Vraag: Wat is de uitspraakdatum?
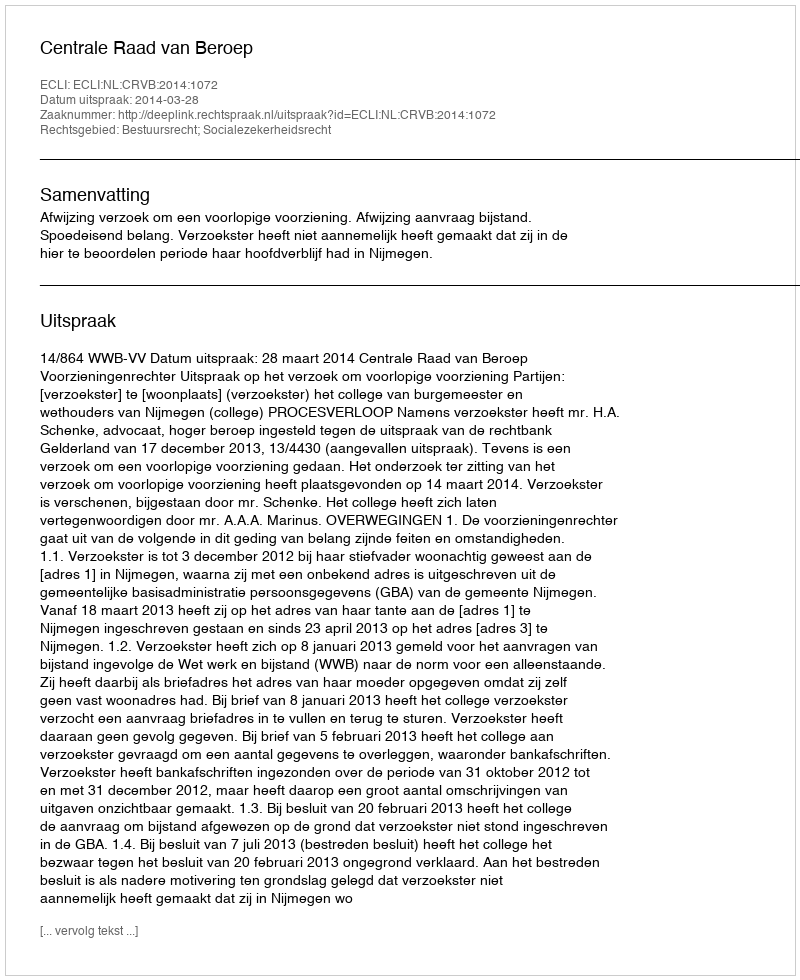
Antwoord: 2014-03-28